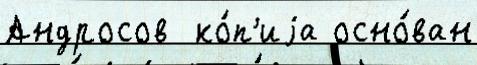
Андросов  ко́п'иjа осно́ван